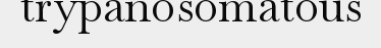
trypanosomatous